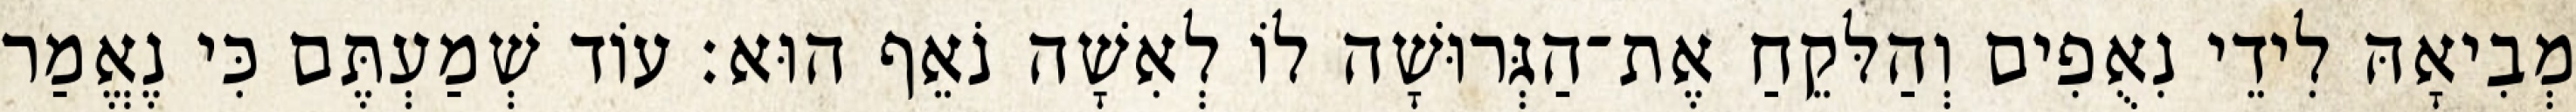
מְבִיאָהּ לִידֵי נִאֻפִים וְהַלּקֵחַ אֶת־הַגְּרוּשָׁה לוֹ לְאִשָׁה נֹאֵף הוּא׃ עוֹד שְׁמַעְתֶּם כִּי נֶאֱמַר